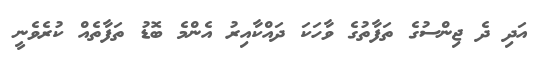
އަދި ދެ ޖިންސުގެ ތަފާތުގެ ވާހަކަ ދައްކާއިރު އެންމެ ބޮޑު ތަފާތެއް ކުރެވެނީ